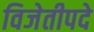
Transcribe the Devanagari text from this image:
विजेतीपदे